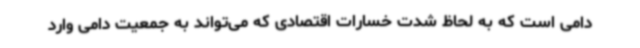
دامی است که به لحاظ شدت خسارات اقتصادی که می‌تواند به جمعیت دامی وارد